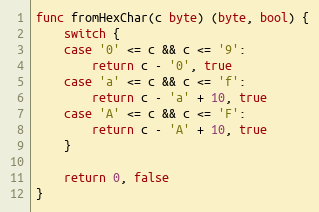
Language: Go
func fromHexChar(c byte) (byte, bool) {
	switch {
	case '0' <= c && c <= '9':
		return c - '0', true
	case 'a' <= c && c <= 'f':
		return c - 'a' + 10, true
	case 'A' <= c && c <= 'F':
		return c - 'A' + 10, true
	}

	return 0, false
}